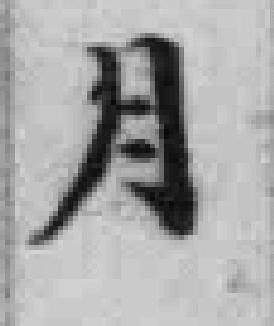
月